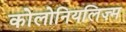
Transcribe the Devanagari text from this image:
कोलोनियलिज़्म